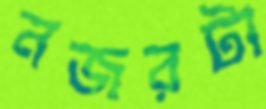
নজরটা